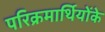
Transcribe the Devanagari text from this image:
परिक्रमार्थियोंके